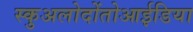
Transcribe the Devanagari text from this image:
स्कुअलोदोंतोआईडिया